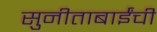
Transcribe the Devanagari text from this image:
सुनीताबाईंची